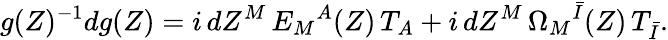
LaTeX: g(Z)^{-1}dg(Z)=i\, dZ^{M}\, E_{M}{}^{A}(Z)\, T_{A}+i\, dZ^{M}\, \Omega_{M}{}^{\bar{I}}(Z)\, T_{\bar{I}}.